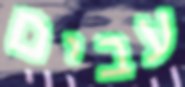
עבים